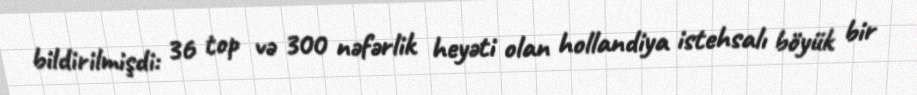
bildirilmişdi: 36 top və 300 nəfərlik heyəti olan hollandiya istehsalı böyük bir